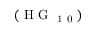
( \mathrm { ~ H ~ G ~ } _ { \mathrm { ~ 1 ~ 0 ~ } } )